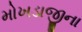
મોખડાજીના